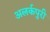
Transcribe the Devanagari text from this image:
अलर्कपुरी